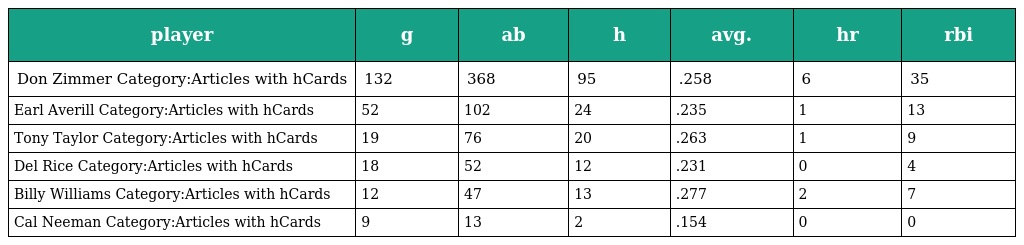
| player | g | ab | h | avg. | hr | rbi |
 | --- | --- | --- | --- | --- | --- | --- |
 | Don Zimmer Category:Articles with hCards | 132 | 368 | 95 | .258 | 6 | 35 |
 | Earl Averill Category:Articles with hCards | 52 | 102 | 24 | .235 | 1 | 13 |
 | Tony Taylor Category:Articles with hCards | 19 | 76 | 20 | .263 | 1 | 9 |
 | Del Rice Category:Articles with hCards | 18 | 52 | 12 | .231 | 0 | 4 |
 | Billy Williams Category:Articles with hCards | 12 | 47 | 13 | .277 | 2 | 7 |
 | Cal Neeman Category:Articles with hCards | 9 | 13 | 2 | .154 | 0 | 0 |